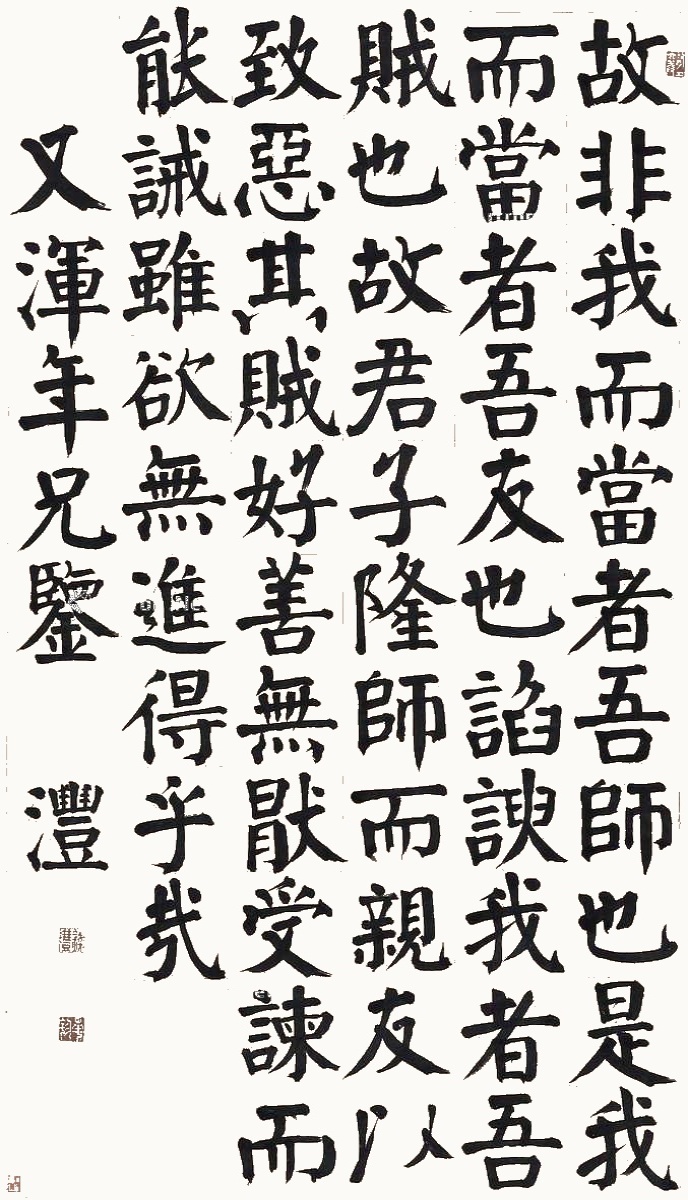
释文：故非我而当者，吾师也。是我而当者，吾友也。谄谀我者，吾贼也。故君子隆师而亲友，以致恶其贼。好善无厌，受谏而能诫，虽欲无进，得乎哉。又浑年兄鉴，沣。